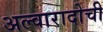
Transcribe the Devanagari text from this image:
अल्वारादोची